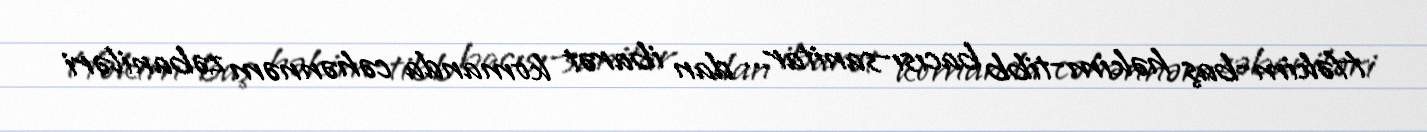
Həkim-baş həkim-tibb bacısı-sanitar... dan ibarət komanda cəhənnəm zəbaniləri